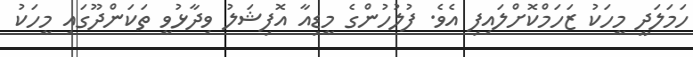
ހަމަލަދީ މީހަކު ޒަހަމްކޮށްލައިފި އެވެ. ފުލުހުންގެ މީޑިއާ އޮފިޝަލު ވިދާޅުވީ ތަކަންދޫގައި މީހަކު